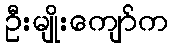
ဦးမျိုးကျော်က